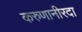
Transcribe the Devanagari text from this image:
करुणानीरदा